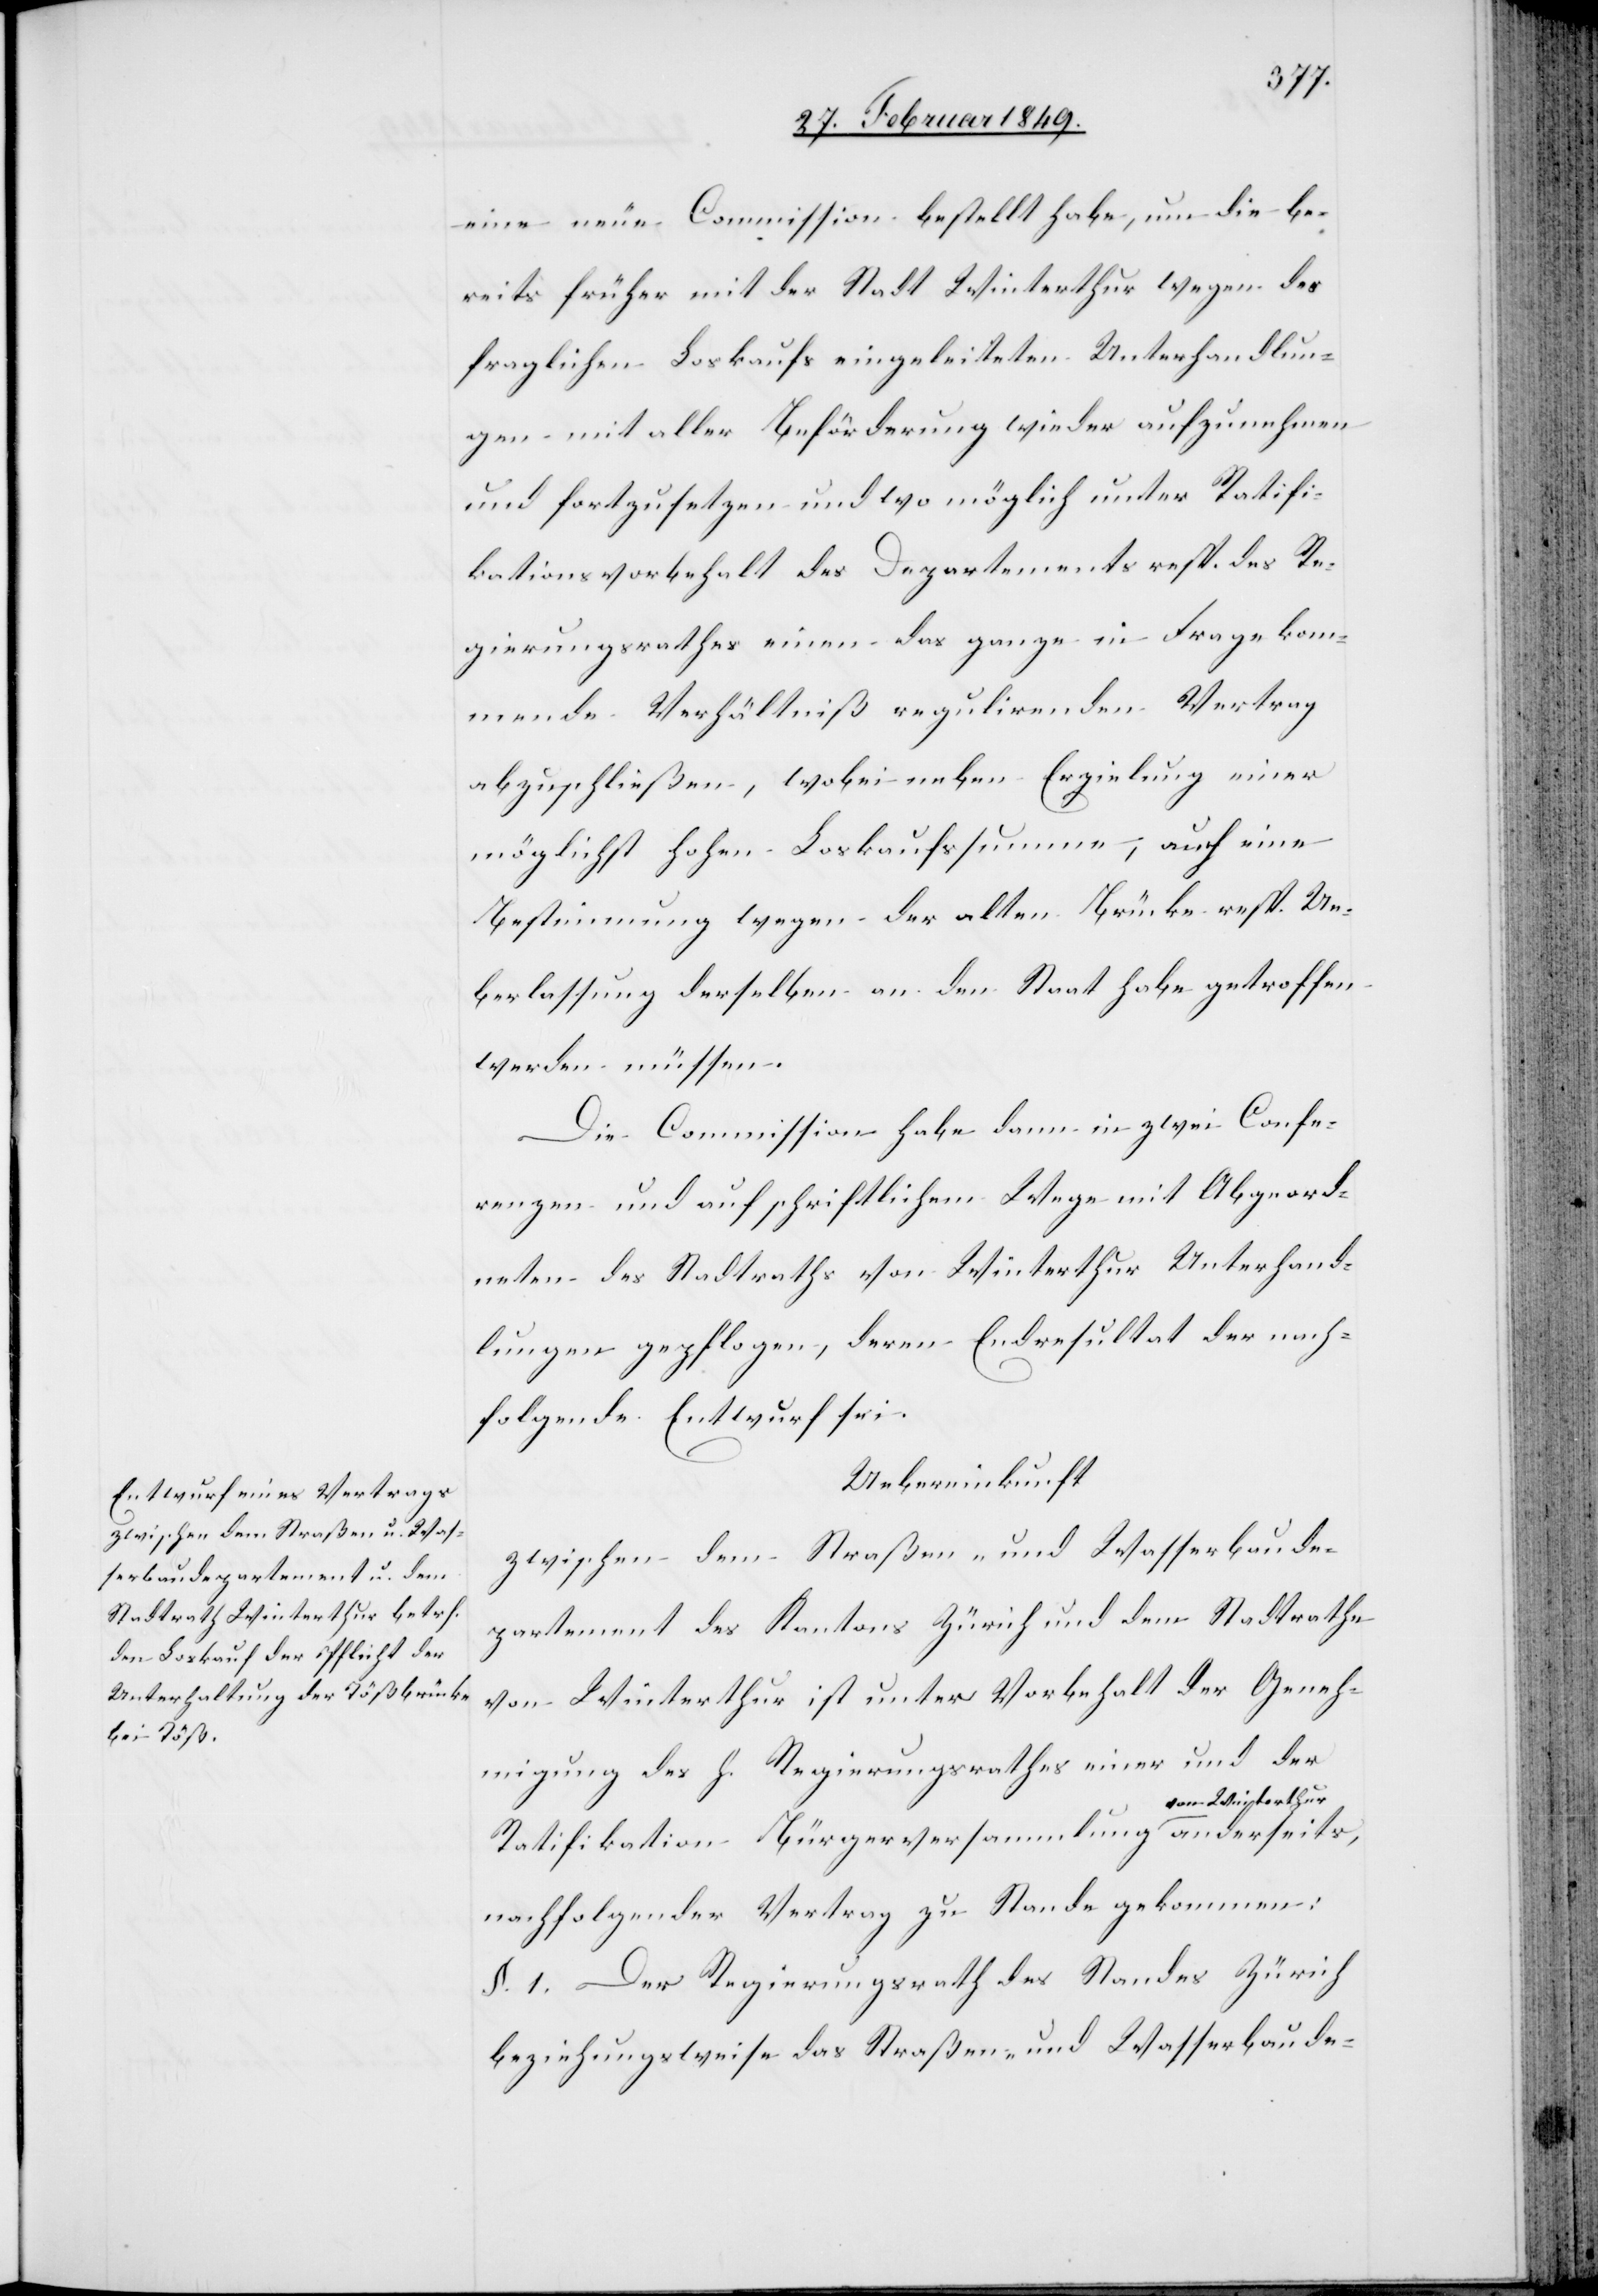
eine neue Commission bestellt habe, um die be¬
reits früher mit der Stadt Winterthur wegen des
fraglichen Loskaufs eingeleiteten Unterhandlun¬
gen mit aller Beförderung wieder aufzunehmen
und fortzusetzen und wo möglich unter Ratifi¬
kationsvorbehalt einen das ganze in Frage ko¬
mmende Verhältniß regulirenden Vertrag
abzuschließen, wobei neben Erzielung einer
möglichst hohen Loskaufssumme, auch eine
Bestimmung wegen der alten Brücke resp. Ue¬
berlassung derselben an den Staat habe getroffen
werden müssen.
Die Commission habe dann in zwei Confe¬
renzen und auf schriftlichem Wege mit Abgeord¬
neten des Stadtraths von Winterthur Unterhand¬
lungen gepflogen, deren Endresultat der nach¬
folgende Entwurf sei.
Uebereinkunft
zwischen dem Straßen- und Wasserbaude¬
partement des Kantons Zürich und dem Stadtrathe
von Winterthur ist unter Vorbehalt der Geneh¬
migung des h. Regierungsrathes einer und der
von Winterthur
Ratifikation Bürgerversammlung [sic!]
nachfolgender Vertrag zu Stande gekommen:
§. 1. Der Regierungsrath des Standes Zürich
beziehungsweise das Straßen- und Wasserbaude-